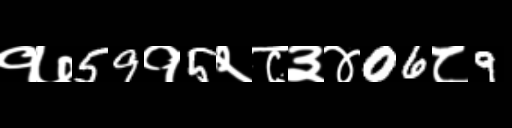
Text: १७59१5२८३४06८9